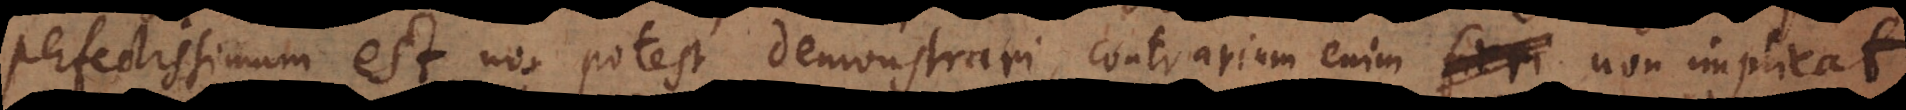
perfectissimum est, non potest demonstrari, contrarium enim fieri non implicat